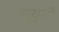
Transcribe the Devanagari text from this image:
सुयूती